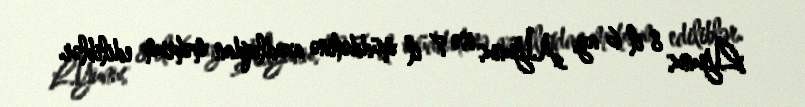
L.Yunus 8 il 6 ay, A.Yunus isə 7 il müddətinə azadlıqdan məhrum ediliblər.